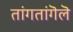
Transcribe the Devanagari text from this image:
तांगतांगॆलॆ